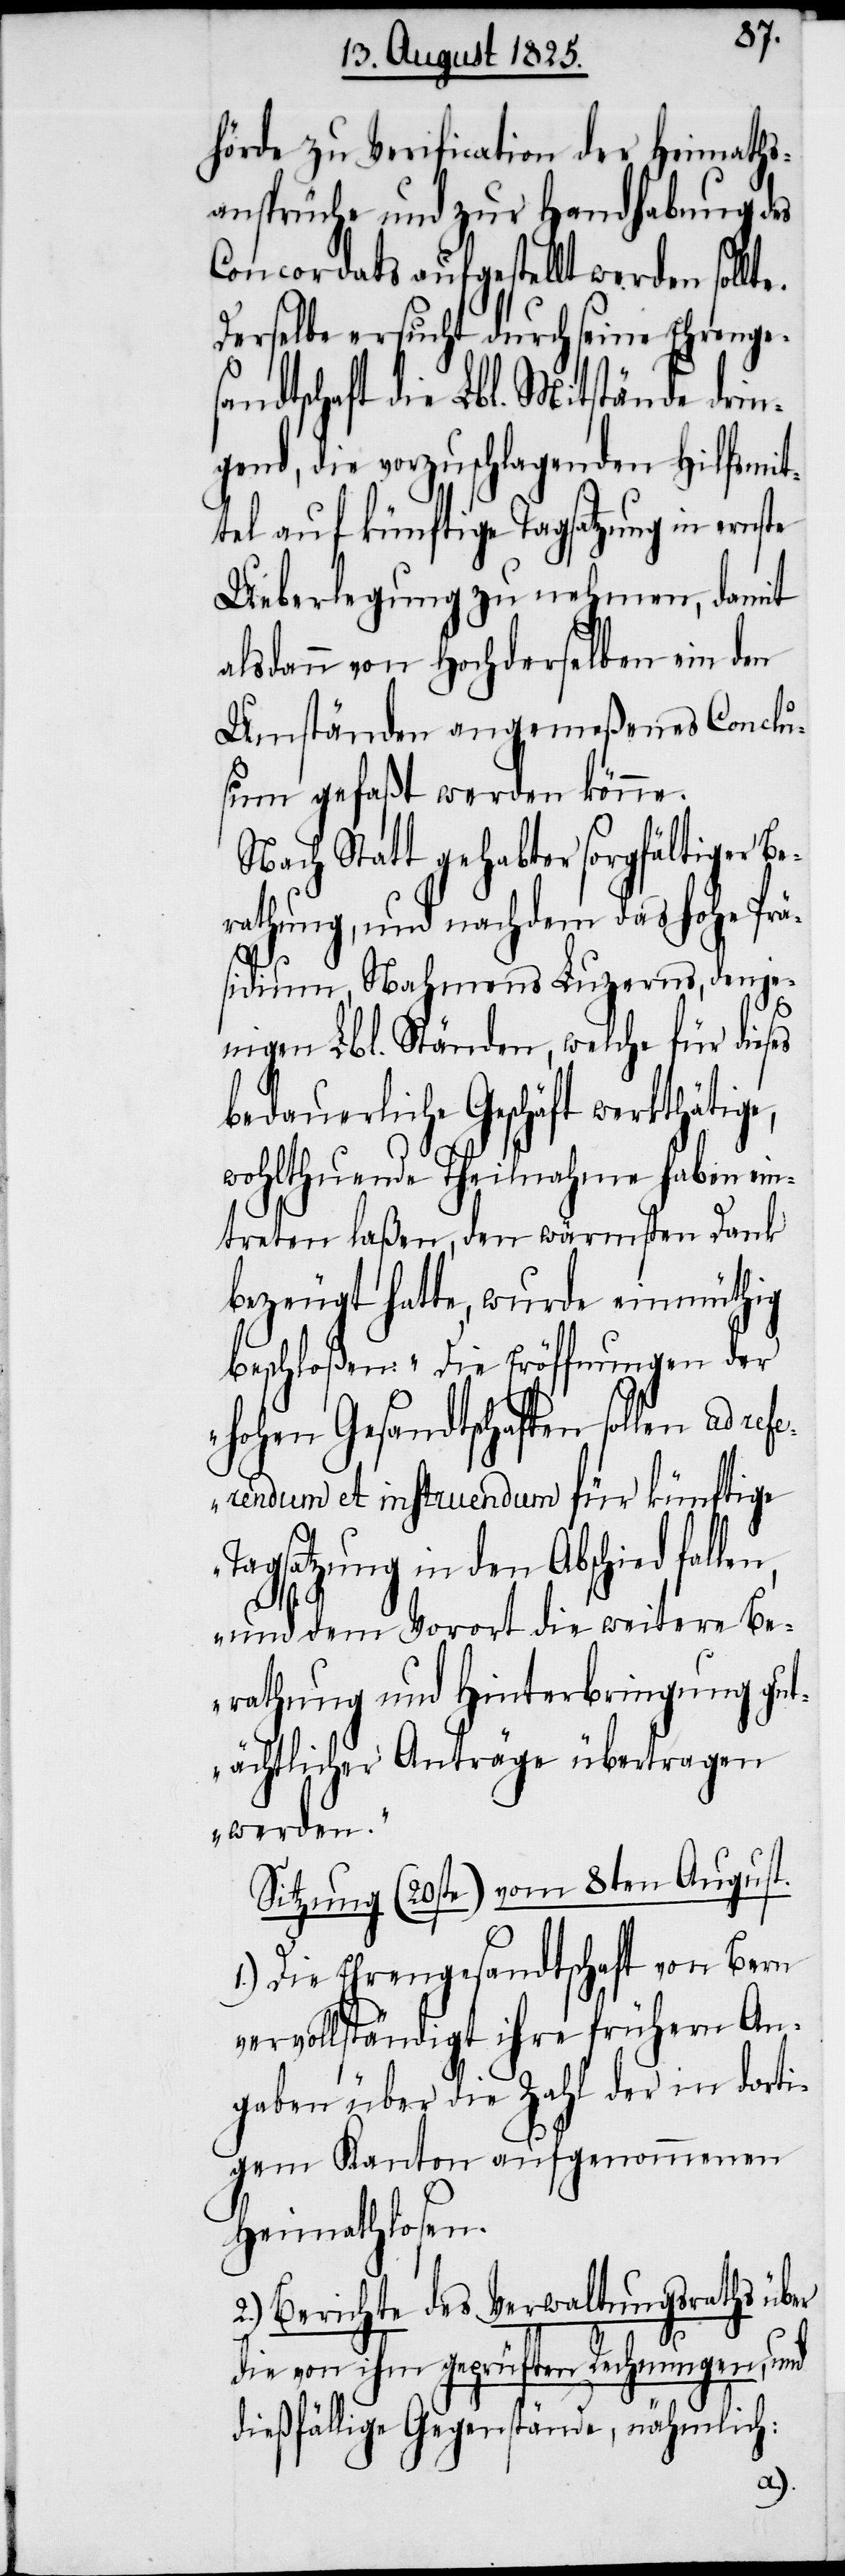
hörde zu Verification der Heimaths¬
ansprüche und zur Handhabung des
Concordats aufgestellt werden sollt¬
Derselbe ersucht durch seine Ehrenge¬
sandtschaft die Lbl. Mitstände drin¬
gend, die vorzuschlagenden Hilfsmit¬
tel auf künftige Tagsatzungen ernste
Ueberlegung zu nehmen, damit
alsdann von Hochderselben ein den
Umständen angemeßenes Conclu¬
sum gefaßt werden könne.
Nach Statt gehabter sorgfältiger Be¬
rathung, und nachdem das hohe Prä¬
len,
sidium, Nahmens Luzerns, denje¬
nigen Lbl. Ständen, welche für dieses
bedauerliche Geschäft werkthätige,
wohlthuende Theilnahme haben ein¬
treten laßen, den wärmsten Dank
bezeugt hatte, wurde einmüthig
beschloßen: „Die Eröffnungen der
hohen Gesandtschaften sollen ad
referendum et instruendum für künftige
Tagsatzung in den Abschied fal¬
und dem Vorort die weitere Be¬
rathung und Hinterbringung gut¬
ächtlicher Anträge übertragen
werden.“
Sitzung (20ste) vom 8ten August.
1.) Die Ehrengesandtschaft von Bern
vervollständigt ihre frühern An¬
gaben über die Zahl der in dorti¬
gem Kanton aufgenommenen
Heimathlosen.
2.) Berichte des Verwaltungsraths über
die von ihm geprüften Rechnungen, und
dießfällige Gegenstände, nähmlich: